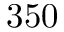
3 5 0